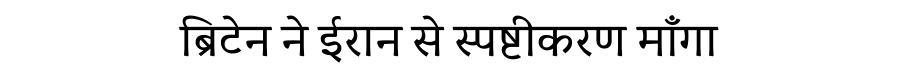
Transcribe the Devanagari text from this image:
ब्रिटेन ने ईरान से स्पष्टीकरण माँगा